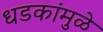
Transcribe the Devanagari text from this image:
धडकांमुळे